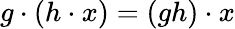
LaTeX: g\cdot(h\cdot x)=(gh)\cdot x